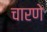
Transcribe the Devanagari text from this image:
चारणे